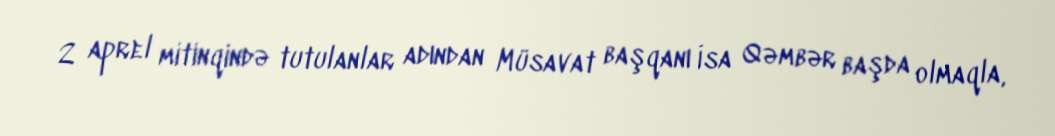
2 aprel mitinqində tutulanlar adından Müsavat başqanı İsa Qəmbər başda olmaqla,